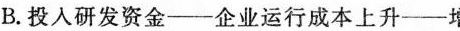
B.投入研发资金--企业运行成本上升--增